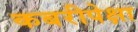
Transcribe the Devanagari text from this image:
कबरीपेक्षा